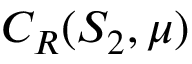
C _ { R } ( S _ { 2 } , \mu )